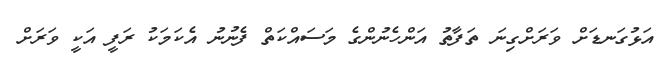
އަޅުގަނޑަށް ވަރަށްގިނަ ތަފާތު އަންހެނުންގެ މަސައްކަތް ފެނުނު އެކަމަކު ރަފީ އަކީ ވަރަށް